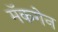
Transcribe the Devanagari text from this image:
मॅकगेन